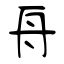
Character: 舟